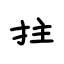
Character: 拄